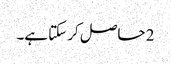
2 حاصل کر سکتا ہے۔